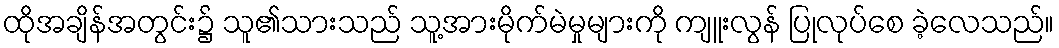
ထိုအချိန်အတွင်း၌ သူ၏သားသည် သူ့အားမိုက်မဲမှုများကို ကျူးလွန် ပြုလုပ်စေ ခဲ့လေသည်။